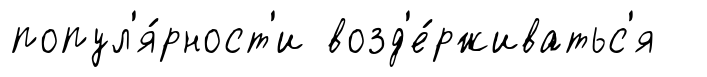
попул'я́рност'и возд'е́рживатьс'я